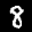
Label: 8